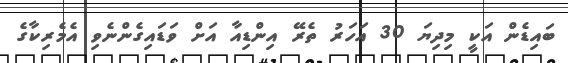
ބައިޑެން އަކީ މިދިޔަ 30 އަހަރު ތެރޭ އިންޑިއާ އަށް ވަޑައިގެންނެވި އެމެރިކާގެ